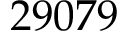
2 9 0 7 9